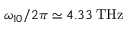
\omega _ { 1 0 } / 2 \pi \simeq 4 . 3 3 \: \mathrm { T H z }